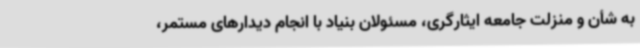
به شأن و منزلت جامعه ایثارگری، مسئولان بنیاد با انجام دیدارهای مستمر،